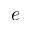
e